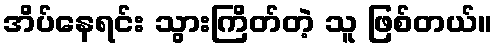
အိပ်နေရင်း သွားကြိတ်တဲ့ သူ ဖြစ်တယ်။